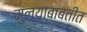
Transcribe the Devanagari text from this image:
मुल्याबाबतीत